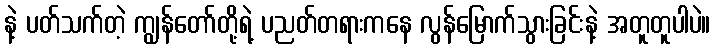
နဲ့ ပတ်သက်တဲ့ ကျွန်တော်တို့ရဲ့ ပညတ်တရားကနေ လွန်မြောက်သွားခြင်းနဲ့ အတူတူပါပဲ။